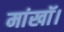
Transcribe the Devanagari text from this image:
मांखॉ।